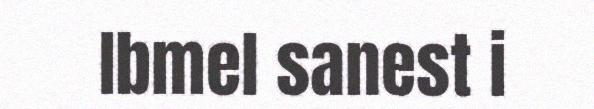
Ibmel sanest i